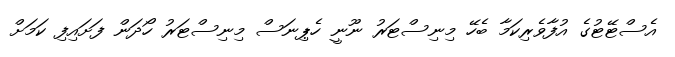
އެސްޓޭޓުގެ އުފާވެރިކަމާ ބެހޭ މިނިސްޓަރު ނޫނީ ހެޕިނަސް މިނިސްޓަރު ހޯދަން ފަށައިފި ކަމަށް